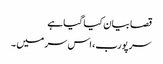
قصا بیان کیا گیا ہے
سر پورب، اس سر میں ۔